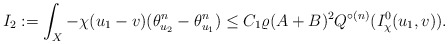
\begin{align*}I_2:=\int_X -\chi (u_1-v) (\theta_{u_2}^n- \theta_{u_1}^n) \le C_1\varrho (A+B)^2 Q^{\circ (n)}(I^0_\chi(u_1, v)).\end{align*}